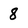
Character: 8